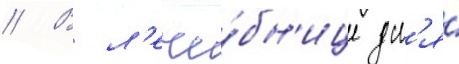
// В л'ече́бн'ице дл'я́